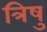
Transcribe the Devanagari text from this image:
त्रिषु